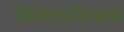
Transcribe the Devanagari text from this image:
क्रिकेटप्रशिक्षक